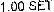
1.00 SET